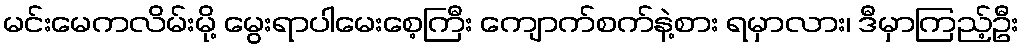
မင်းမေကလိမ်းမို့ မွေးရာပါမေးစေ့ကြီး ကျောက်စက်နဲ့စား ရမှာလား၊ ဒီမှာကြည့်ဦး